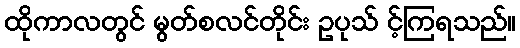
ထိုကာလတွင် မွတ်စလင်တိုင်း ဥပုသ် င့်ကြရသည်။